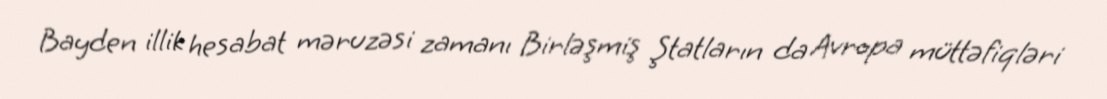
Bayden illik hesabat məruzəsi zamanı Birləşmiş Ştatların da Avropa müttəfiqləri